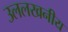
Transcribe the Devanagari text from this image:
उललखनीय